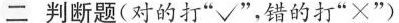
二判断题(对的打”√”，错的打”×”)